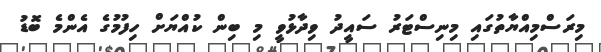
މިރަސްމިއްޔާތުގައި މިނިސްޓަރު ސައީދު ވިދާޅުވީ މި ބިން ކުއްޔަށް ހިފުމުގެ އެންމެ ބޮޑު